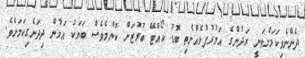
ދެންނެވިކަމަށްވަނީ ރަދުންގެ އަމުރުފުޅެއްނެތި ބޮޑު ކޯއްޓޭ ބުރުޒަށް ކޮންމެވެސް ބަޔަކު އަމާން ދިދަނެގިކަމަށެވެ.